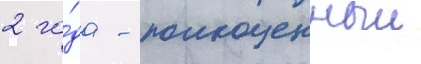
2 го́да - полноценныи